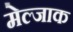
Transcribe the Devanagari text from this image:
मेल्जाक